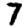
Digit: 7